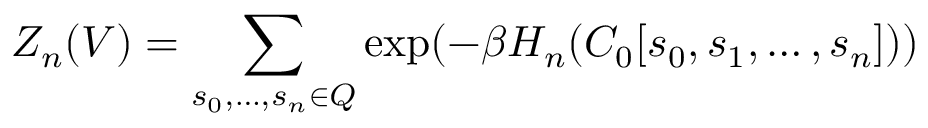
Z _ { n } ( V ) = \sum _ { s _ { 0 } , \ldots , s _ { n } \in Q } \exp ( - \beta H _ { n } ( C _ { 0 } [ s _ { 0 } , s _ { 1 } , \ldots , s _ { n } ] ) )